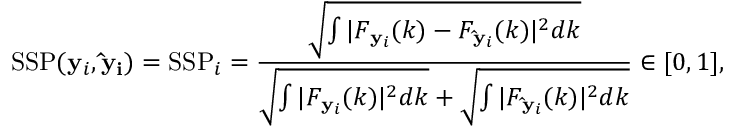
\mathrm { S S P } ( \mathbf { y } _ { i } , \mathbf { \hat { y } _ { i } } ) = \mathrm { S S P } _ { i } = \frac { \sqrt { \int | F _ { \mathbf { y } _ { i } } ( k ) - F _ { \mathbf { \hat { y } } _ { i } } ( k ) | ^ { 2 } d k } } { \sqrt { \int | F _ { \mathbf { y } _ { i } } ( k ) | ^ { 2 } d k } + \sqrt { \int | F _ { \mathbf { \hat { y } } _ { i } } ( k ) | ^ { 2 } d k } } \in [ 0 , 1 ] ,